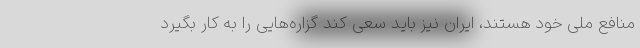
منافع ملی خود هستند، ایران نیز باید سعی کند گزاره‌هایی را به کار بگیرد